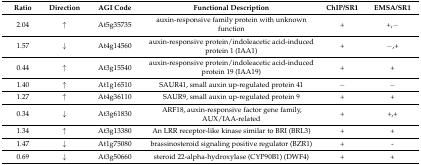
<table><thead><tr><td><b>Ratio</b></td><td><b>Direction</b></td><td><b>AGI Code</b></td><td><b>Functional Description</b></td><td><b>ChIP/SR1</b></td><td><b>EMSA/SR1</b></td></tr></thead><tbody><tr><td>2.04</td><td>↑</td><td>At5g35735</td><td>auxin-responsive family protein with unknown function</td><td>+</td><td>+,−</td></tr><tr><td>1.57</td><td>↓</td><td>At4g14560</td><td>auxin-responsive protein/indoleacetic acid-induced protein 1 (IAA1)</td><td>+</td><td>−,+</td></tr><tr><td>0.44</td><td>↑</td><td>At3g15540</td><td>auxin-responsive protein/indoleacetic acid-induced protein 19 (IAA19)</td><td>+</td><td>+</td></tr><tr><td>1.40</td><td>↑</td><td>At1g16510</td><td>SAUR41, small auxin up-regulated protein 41</td><td>−</td><td>−</td></tr><tr><td>1.27</td><td>↑</td><td>At4g36110</td><td>SAUR9, small auxin up-regulated protein 9</td><td>+</td><td>+</td></tr><tr><td>0.34</td><td>↓</td><td>At3g61830</td><td>ARF18, auxin-responsive factor gene family, AUX/IAA-related</td><td>+</td><td>+,+</td></tr><tr><td>1.34</td><td>↑</td><td>At3g13380</td><td>An LRR receptor-like kinase similar to BRI (BRL3)</td><td>+</td><td>+</td></tr><tr><td>1.47</td><td>↓</td><td>At1g75080</td><td>brassinosteroid signaling positive regulator (BZR1)</td><td>+</td><td>-</td></tr><tr><td>0.69</td><td>↓</td><td>At3g50660</td><td>steroid 22-alpha-hydroxylase (CYP90B1) (DWF4)</td><td>+</td><td>+</td></tr></tbody></table>